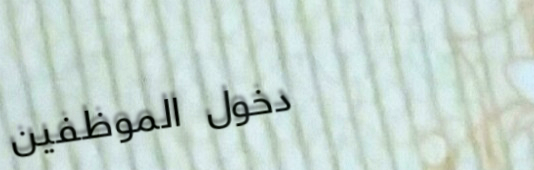
دخول الموظفين